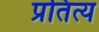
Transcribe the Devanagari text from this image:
प्रतित्य